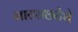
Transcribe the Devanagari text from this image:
नाट्यछटेचे